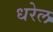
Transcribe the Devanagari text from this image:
धरेल